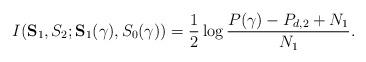
LaTeX: \begin{align*}I(\mathbf{S}_1,S_2;\mathbf{S}_1(\gamma),S_0(\gamma))=\frac{1}{2}\log\frac{P(\gamma)-P_{d,2}+N_1}{N_1}.\end{align*}